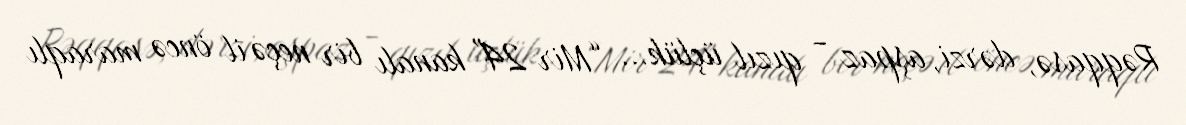
Rəqqasə, dərzi, aşpaz - qızıl üçlük... “Mir 24" kanalı bir neçə il öncə maraqlı